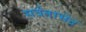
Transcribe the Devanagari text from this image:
सर्वताभेद्र